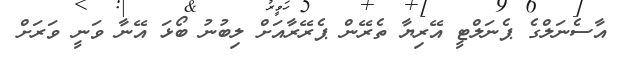
އާސެނަލްގެ ޕެނަލްޓީ އޭރިޔާ ތެރޭން ޕެރޭރާއަށް ލިބުނު ބޯޅަ އޭނާ ވަނީ ވަރަށް